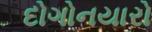
દોગોનયારો